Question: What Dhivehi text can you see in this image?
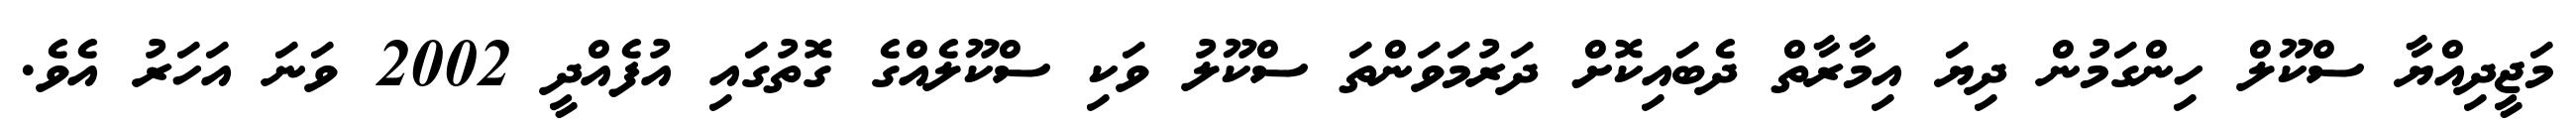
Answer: މަޖީދިއްޔާ ސްކޫލް ހިންގަމުން ދިޔަ އިމާރާތް ދެބައިކޮށް ދަރުމަވަންތަ ސްކޫލު ވަކި ސްކޫލެއްގެ ގޮތުގައި އުފެއްދީ 2002 ވަނަ އަހަރު އެވެ.